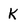
Character: K